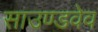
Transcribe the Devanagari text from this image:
साउण्डवेव